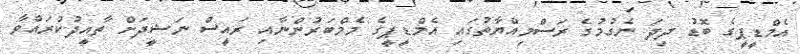
އެމްޑީޕީގެ ބޮޑު ދިދަ ނެގުމުގެ ރަސްމިއްޔާތުގައި އެމްޑީޕީގެ މެމްބަރުންނާއި ރައީސް ނަޝީދަށް ތާއީދުކުރައްވާ